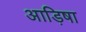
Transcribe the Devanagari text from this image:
आड़िषा